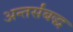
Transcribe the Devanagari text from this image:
अन्तर्संबद्ध